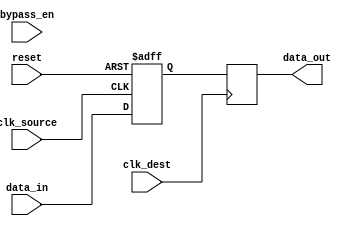
module bypass_register (
  input wire clk_source, // Clock signal for the source domain
  input wire clk_dest,   // Clock signal for the destination domain
  input wire reset,      // Reset signal
  input wire bypass_en,  // Bypass enable signal
  input wire [31:0] data_in,  // Input data
  output reg [31:0] data_out  // Output data
);

reg [31:0] reg_data;

// Timing control and synchronization logic
always @(posedge clk_source or posedge reset) begin
  if (reset) begin
    reg_data <= 32'h0; // Reset the register data
  end else if (bypass_en) begin
    reg_data <= data_in; // Directly pass through data without synchronization
  end else begin
    reg_data <= data_in; // Synchronize data from source domain
  end
end

// Transfer data to destination domain on destination clock edge
always @(posedge clk_dest) begin
  data_out <= reg_data; // Output synchronized data
end

endmodule